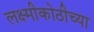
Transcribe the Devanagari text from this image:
लक्ष्मीकोठीच्या